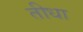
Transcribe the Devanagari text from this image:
तीधा